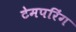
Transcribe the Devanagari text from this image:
टेमपरिंग